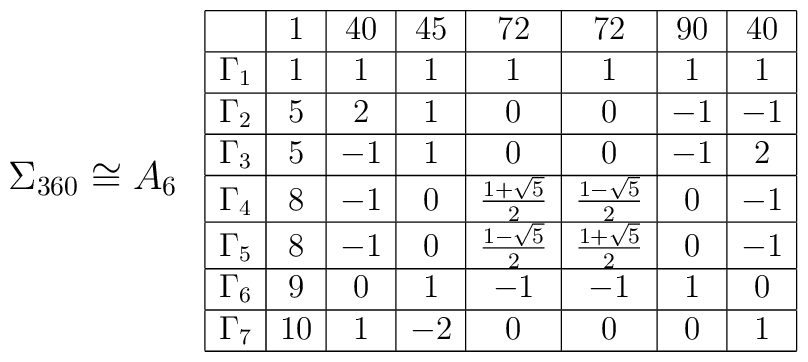
\begin{array}{cc}{\bf \mbox{\large $\Sigma_{360} \cong A_6 $}}&\begin{array}{|c|c|c|c|c|c|c|c|}\hline 	 & 1 & 40 & 45 & 72 & 72 & 90 & 40 \\ \hline\Gamma_1 & 1 & 1 & 1 & 1 & 1 & 1 & 1 \\ \hline\Gamma_2 & 5 & 2 & 1 & 0 & 0 & -1 & -1 \\ \hline\Gamma_3 & 5 & -1 & 1 & 0 & 0 & -1 & 2 \\ \hline\Gamma_4 & 8 & -1 & 0 & {{1 + {\sqrt{5}}}\over 2} & 	{{1 - {\sqrt{5}}}\over 2} & 0 & -1 \\ \hline\Gamma_5 & 8 & -1 & 0 & {{1 - {\sqrt{5}}}\over 2} & 	{{1 + {\sqrt{5}}}\over 2} & 0 & -1 \\ \hline\Gamma_6 & 9 & 0 & 1 & -1 & -1 & 1 & 0 \\ \hline\Gamma_7 & 10 & 1 & -2 & 0 & 0 & 0 & 1 \\ \hline\end{array}\end{array}